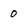
Character: 0